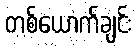
တစ်ယောက်ချင်း